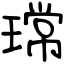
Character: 瑺